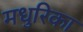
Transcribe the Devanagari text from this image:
मधुरिका